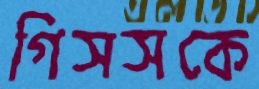
গিসসকে